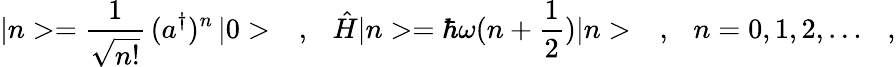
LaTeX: |n>=\frac{1}{\sqrt{n!}}\, (a^{\dagger})^{n}\, |0>\ \ \ ,\ \ \ \hat{H}|n>=\hbar\omega(n+\frac{1}{2})|n>\ \ \ ,\ \ \ n=0,1,2,\dots\ \ \ ,